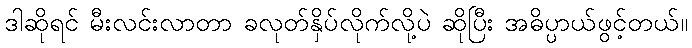
ဒါဆိုရင် မီးလင်းလာတာ ခလုတ်နှိပ်လိုက်လို့ပဲ ဆိုပြီး အဓိပ္ပာယ်ဖွင့်တယ်။